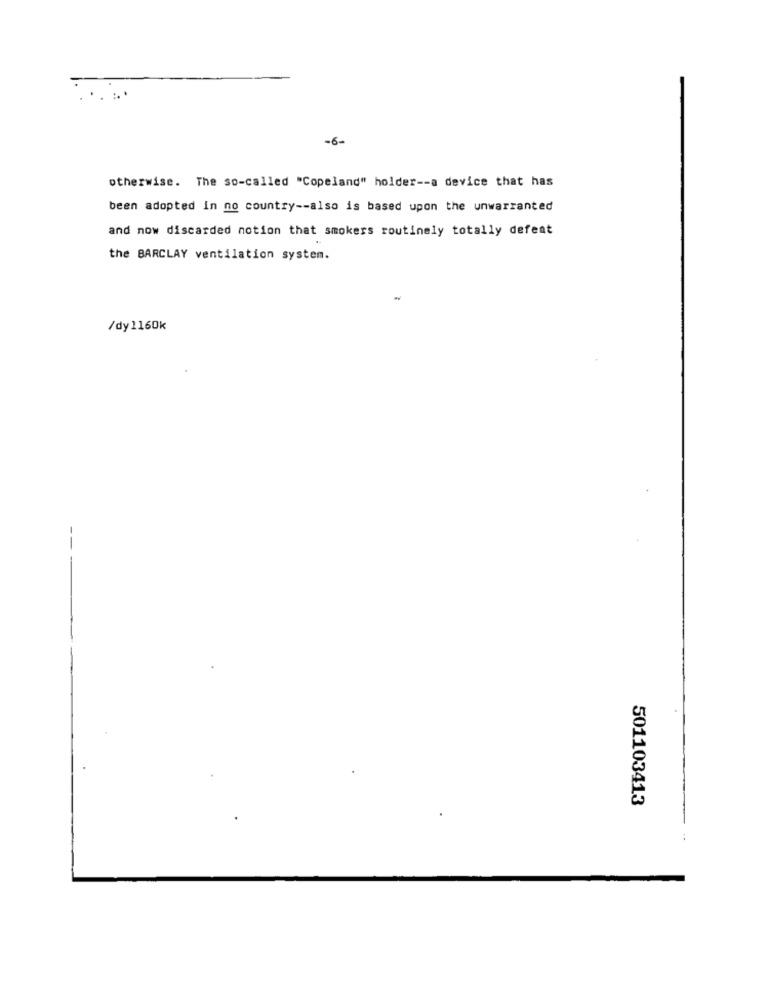
-6-
otherwise. The so-called "Copeland" holder -- a device that has
been adopted in no country -- also is based upon the unwarranted
and now discarded notion that smokers routinely totally defeat
the BARCLAY ventilation system.
/dy 1160k
--
501103413